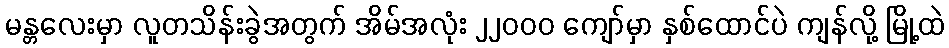
မန္တလေးမှာ လူတသိန်းခွဲအတွက် အိမ်အလုံး ၂၂၀၀၀ ကျော်မှာ နှစ်ထောင်ပဲ ကျန်လို့ မြို့ထဲ